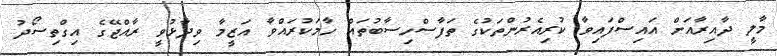
މާލީ ދާއިރާއަށް އައިސްފައިވާ ކުރިއެރުންތަކުގެ ތަފާސްހިސާބުތައް ހާމަކުރައްވާ އަޒީމާ ވިދާޅުވީ ރާއްޖޭގެ އިގްތިސޯދު